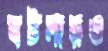
ঘটনায়ও